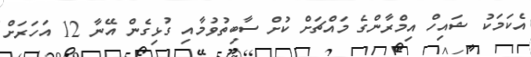
އެކަމަކު ޝައިހް އިމްރާންގެ މައްޗަށް ކުށް ސާބިތުވުމާއި ގުޅިގެން އޭނާ 12 އަަހަރަށް